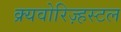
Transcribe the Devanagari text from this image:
क्र्यवोरिज़्हस्टल